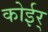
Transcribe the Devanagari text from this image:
कोईर्